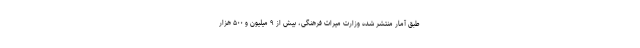
طبق آمار منتشر شده وزارت میراث فرهنگی، بیش از ۹ میلیون و ۵۰۰ هزار